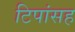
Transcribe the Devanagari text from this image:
टिपांसह